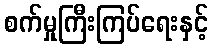
စက်မှုကြီးကြပ်ရေးနှင့်